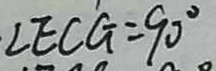
\angle E C G = 9 0 ^ { \circ }